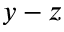
y - z